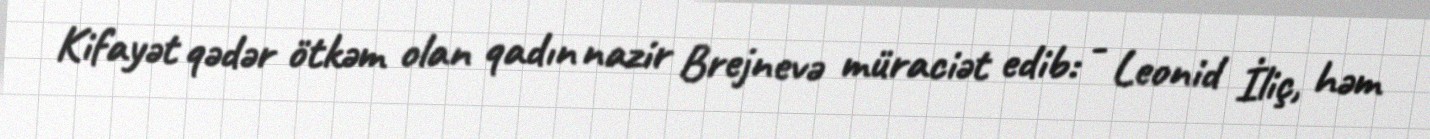
Kifayət qədər ötkəm olan qadın nazir Brejnevə müraciət edib: - Leonid İliç, həm